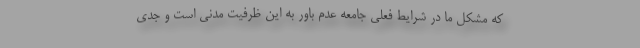
که مشکل ما در شرایط فعلی جامعه عدم باور به این ظرفیت مدنی است و جدی